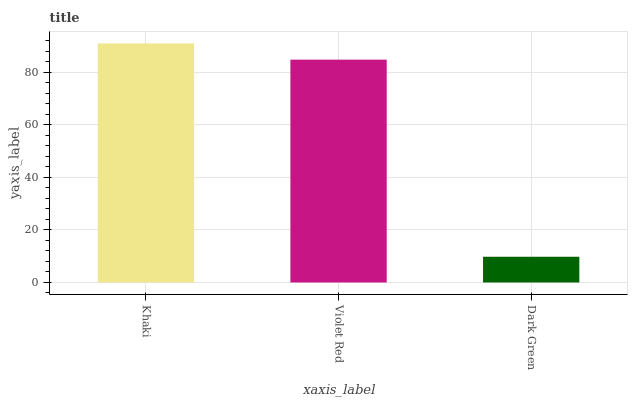
| xaxis_label | bars |
 | --- | --- |
 | Khaki | 90.9 |
 | Violet Red | 84.7 |
 | Dark Green | 9.78 |